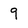
Character: 9